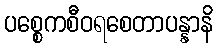
ပစ္စေကစီဝရစေတာပန္နာနိ